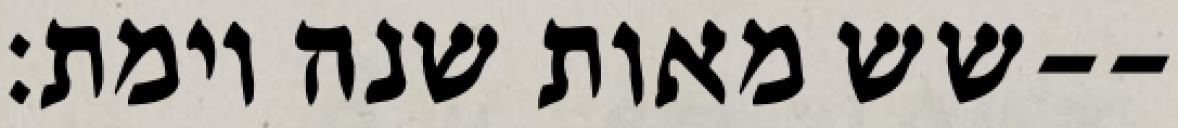
שש מאות שנה וימת׃--